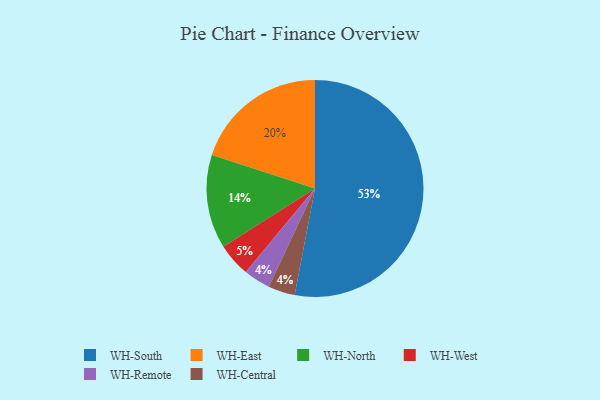
{"axis": {"x": "Category", "y": "Percentage"}, "legend": ["WH-Central", "WH-East", "WH-North", "WH-Remote", "WH-South", "WH-West"], "data": [{"x": "WH-North", "y": 14, "type": "WH-North"}, {"x": "WH-West", "y": 5, "type": "WH-West"}, {"x": "WH-East", "y": 20, "type": "WH-East"}, {"x": "WH-South", "y": 53, "type": "WH-South"}, {"x": "WH-Remote", "y": 4, "type": "WH-Remote"}, {"x": "WH-Central", "y": 4, "type": "WH-Central"}]}